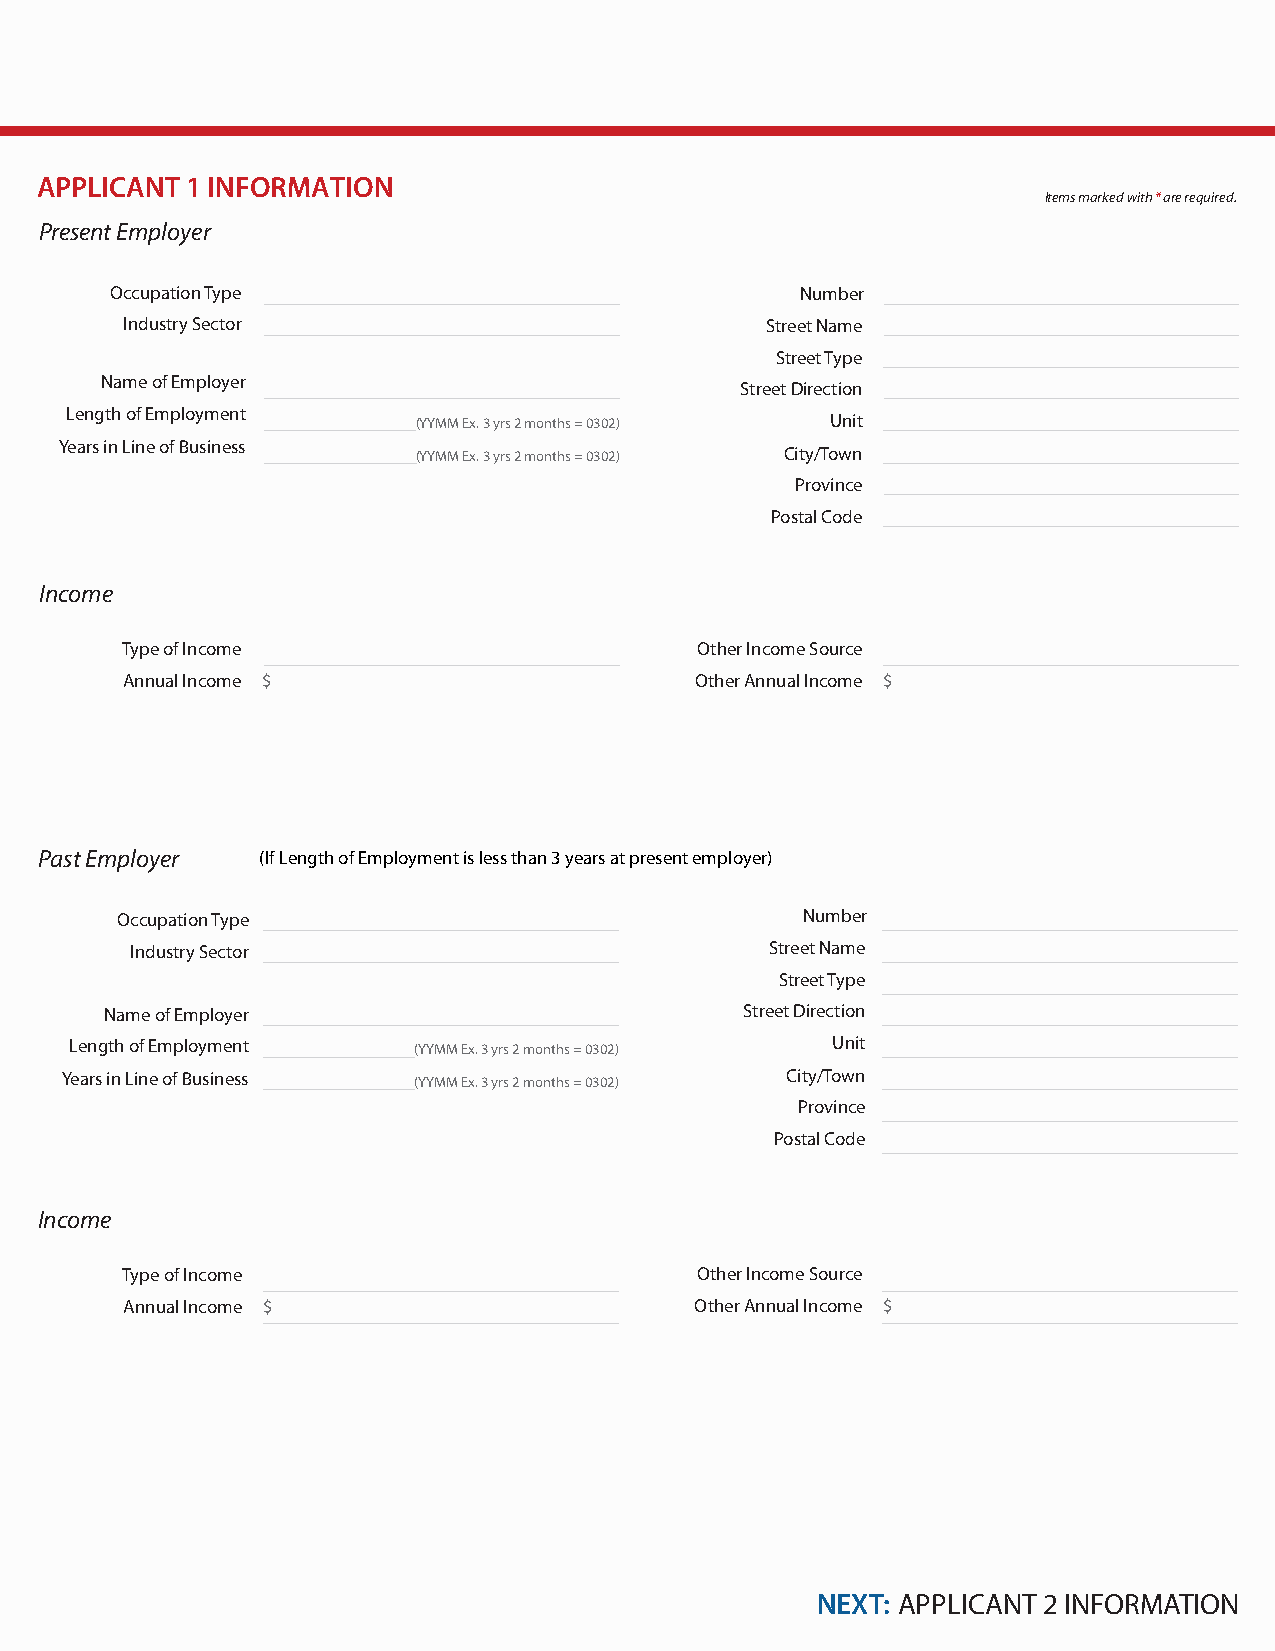
APPLICANT 1 INFORMATION
 Items marked with * are required.
 Present Employer
 Occupation Type                               Number
 Industry Sector                            Street Name
 Street Type
 Name of Employer
 Street Direction
 Length of Employment
 (YYMM Ex. 3 yrs 2 months = 0302) Unit
 Years in Line of Business
 (YYMM Ex. 3 yrs 2 months = 0302) City/Town
 Province
 Postal Code
 Income
 Type of Income                        Other Income Source
 Annual Income $                       Other Annual Income $
 Past Employer  (If Length of Employment is less than 3 years at present employer)
 Occupation Type                              Number
 Industry Sector                           Street Name
 Street Type
 Name of Employer                          Street Direction
 Length of Employment  (YYMM Ex. 3 yrs 2 months = 0302) Unit
 Years in Line of Business (YYMM Ex. 3 yrs 2 months = 0302) City/Town
 Province
 Postal Code
 Income
 Type of Income                        Other Income Source
 Annual Income $                       Other Annual Income $
 NEXT: APPLICANT 2 INFORMATION